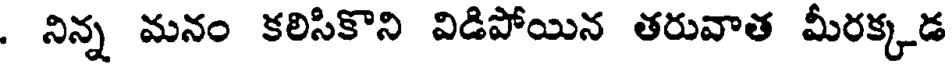
. నిన్న మనం కలిసికొని విడిపోయిన తరువాత మీరక్కడ